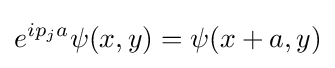
e^{ip_{j}a}\psi (x,y)=\psi (x+a,y)